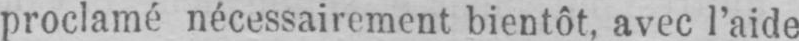
proclamé nécessairement bientôt, avec l’aide